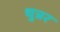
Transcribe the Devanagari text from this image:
धुन्नर